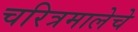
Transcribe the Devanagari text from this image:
चरित्रमालेचे